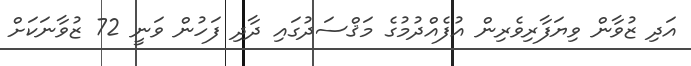
އަދި ޒުވާން ވިޔަފާރިވެރިން އުފެއްދުމުގެ މަޤްސަދުގައި ދާދި ފަހުން ވަނީ 72 ޒުވާނަކަށް